Elephants and their diseases
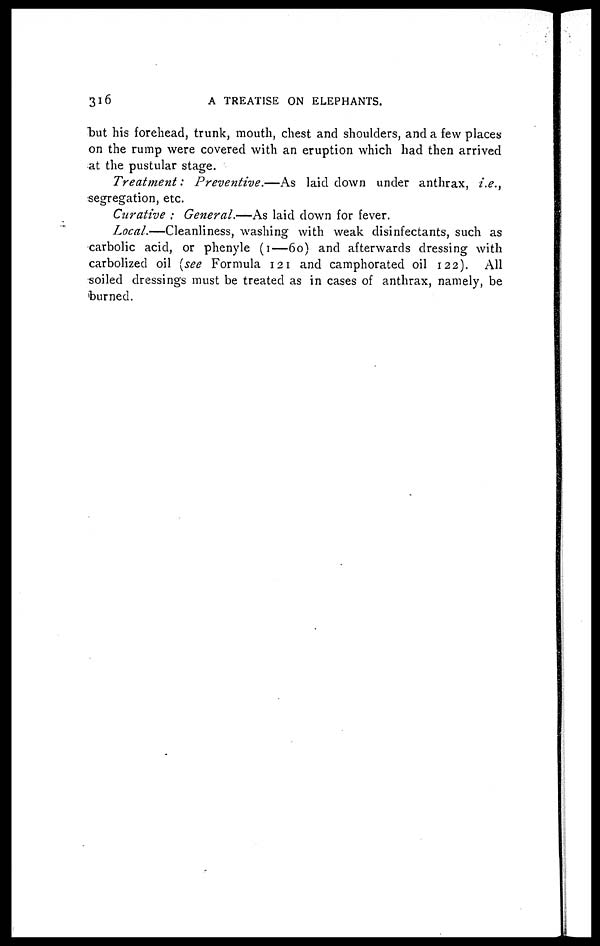
316
A TREATISE ON ELEPHANTS.
"but his forehead, trunk, mouth, chest and shoulders, and a few places
on the rump were covered with an eruption which had then arrived
at the pustular stage.
Treatment : Preventive.—As
laid down under anthrax, i.e.,
segregation, etc.
Curative : General.—As laid clown for fever.
Local.—Cleanliness, washing with weak disinfectants, such as
carbolic acid, or phenyle (1—60) and afterwards dressing with
carbolized oil (see Formula 121 and camphorated oil 122). All
soiled dressings must be treated as in cases of anthrax, namely, be
burned.